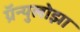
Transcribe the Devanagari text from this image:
ग्रॅन्युलोझा